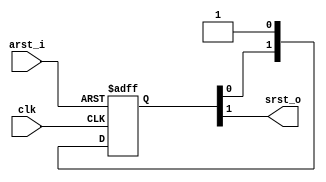
//******************************************************************************
//  Details :
//******************************************************************************
module rst_sync (
    input       clk     ,
    input       arst_i  ,
    output      srst_o
);

reg     [1:0]   rst_sync;

always @ (posedge clk or negedge arst_i)
    if(~arst_i)
        rst_sync <= 2'b00;
    else
        rst_sync <= {rst_sync[0], 1'b1};

assign srst_o = rst_sync[1];

endmodule